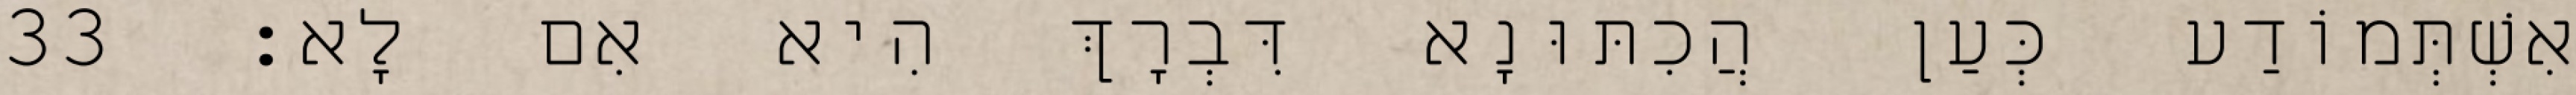
אִשְׁתְּמוֹדַע כְּעַן הֲכִתּוּנָא דִּבְרָךְ הִיא אִם לָא׃ 33